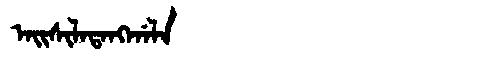
Manchu: ᠠᡳᠰᡳᠯᠠᡨᠠᠩᡤᠠᠯᠠ
Romanization: AISILATANGGALA